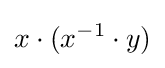
x\cdot (x^{-1}\cdot y)